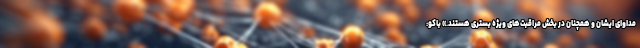
مداوای ایشان و همچنان در بخش مراقبت‌های ویژه بستری هستند.» باکو: